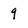
Character: 9